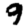
Digit: 9